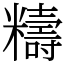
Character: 䊭